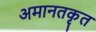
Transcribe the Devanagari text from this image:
अमानतकृत